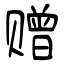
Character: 赠